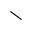
\setminus